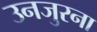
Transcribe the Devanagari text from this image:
उनजुरना